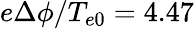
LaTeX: e\Delta\phi/T_{e0}=4.47